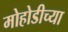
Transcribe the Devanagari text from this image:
मोहोडीच्या